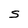
Character: S